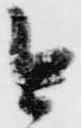
今